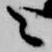
々